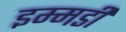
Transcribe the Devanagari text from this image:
इम्मडी